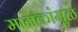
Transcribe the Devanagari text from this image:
मानकांमुळे